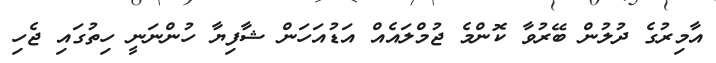
އާމިރުގެ ދުލުން ބޭރުވާ ކޮންމެ ޖުމްލައެއް އަޑުއަހަން ޝާފިޔާ ހުންނަނީ ހިތުގައި ޖެހި